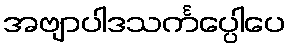
အဗျာပါဒသင်္ကပ္ပေါပေ